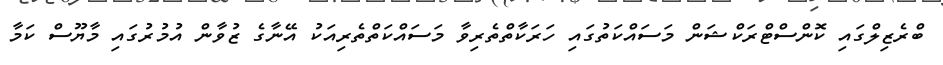
ބްރެޒިލްގައި ކޮންސްޓްރަކްޝަން މަސައްކަތުގައި ހަރަކާތްތެރިވާ މަސައްކަތްތެރިއަކު އޭނާގެ ޒުވާން އުމުރުގައި މާޔޫސް ކަމާ